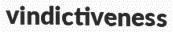
vindictiveness